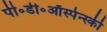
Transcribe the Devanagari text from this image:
पी॰डी॰ऑस्पेन्स्की